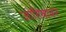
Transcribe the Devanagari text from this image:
जोतिबावर